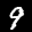
Label: 9